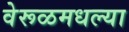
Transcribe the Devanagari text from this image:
वेरूळमधल्या